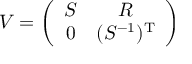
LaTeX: { \cal { V } } = \left( \begin{array} { c c } { { S } } & { { R } } \\ { { 0 } } & { { ( S ^ { - 1 } ) ^ { \mathrm { T } } } } \end{array} \right)